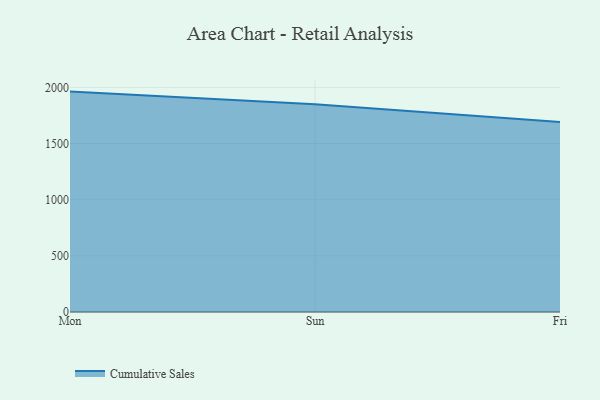
{"axis": {"x": "Day", "y": "Energy Usage (MWh)"}, "legend": ["Cumulative Sales"], "data": [{"x": "Mon", "y": 1962.4, "type": "Cumulative Sales"}, {"x": "Sun", "y": 1849.6, "type": "Cumulative Sales"}, {"x": "Fri", "y": 1692.1, "type": "Cumulative Sales"}]}